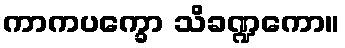
ကာကပက္ခော သိခဏ္ဍကော။